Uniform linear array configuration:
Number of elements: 64
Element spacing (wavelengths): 1
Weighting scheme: blackman
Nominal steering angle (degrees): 45
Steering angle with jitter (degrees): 46.149
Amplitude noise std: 0.05
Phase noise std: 0.05

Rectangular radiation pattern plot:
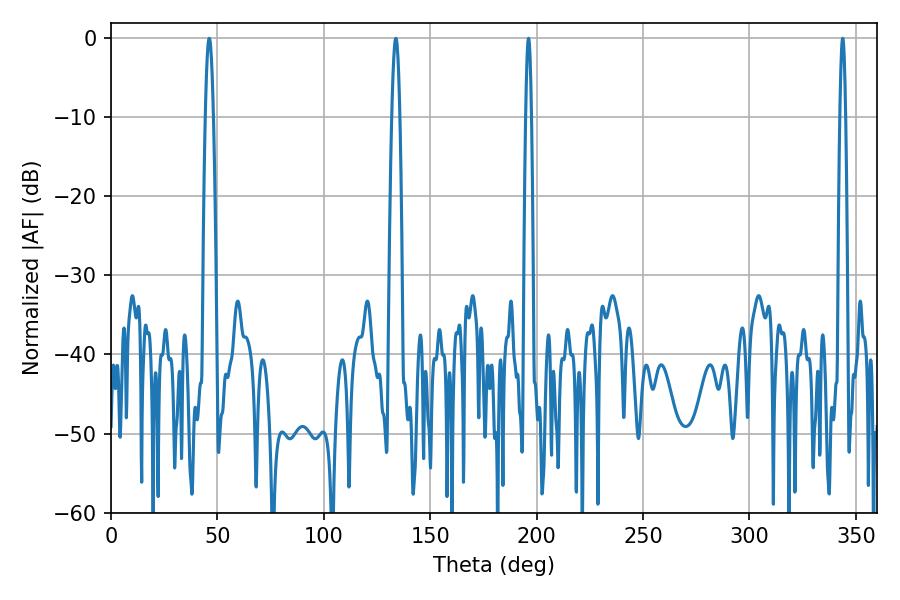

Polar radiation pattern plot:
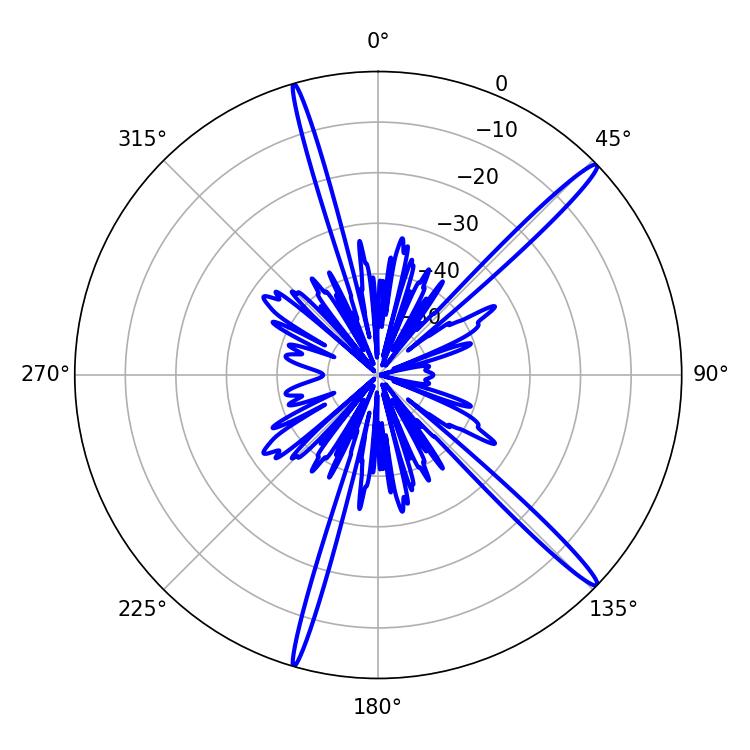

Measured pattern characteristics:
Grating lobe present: TRUE
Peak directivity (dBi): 16.84
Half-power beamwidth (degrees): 1.44
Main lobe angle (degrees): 343.8